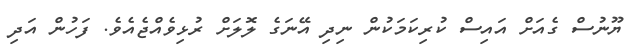
ޔޫނުސް ގެއަށް އައިސް ކުރިކަމަކުން ނިދި އޭނަގެ ލޮލަށް ރުޅިވެއްޖެއެވެ. ފަހުން އަދި